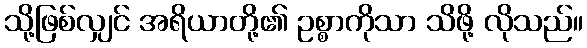
သို့ဖြစ်လျှင် အရိယာတို့၏ ဥစ္စာကိုသာ သိဖို့ လိုသည်။